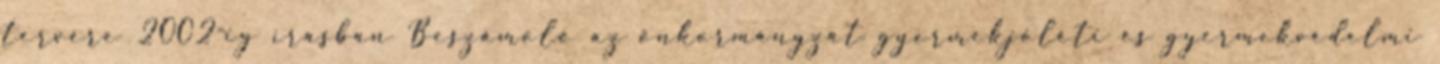
tervére 2002-ig írásban Beszámoló az önkormányzat gyermekjóléti és gyermekvédelmi